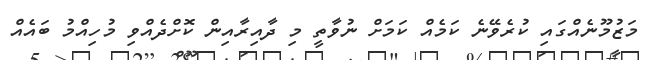
މަޒުމޫނެއްގައި ކުރެވޭނެ ކަމެއް ކަމަށް ނުވާތީ މި ދާއިރާއިން ކޮށްދެއްވި މުހިއްމު ބައެއް